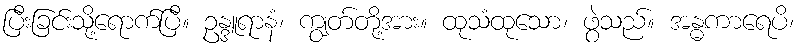
ပြီးခြင်းသို့ရောက်ပြီ။ ဥန္ဒူရာနံ၊ ကျွတ်တို့အား။ ထုသံထုသော၊ ဖွဲသည်။ အန္ဓကာရေပိ၊